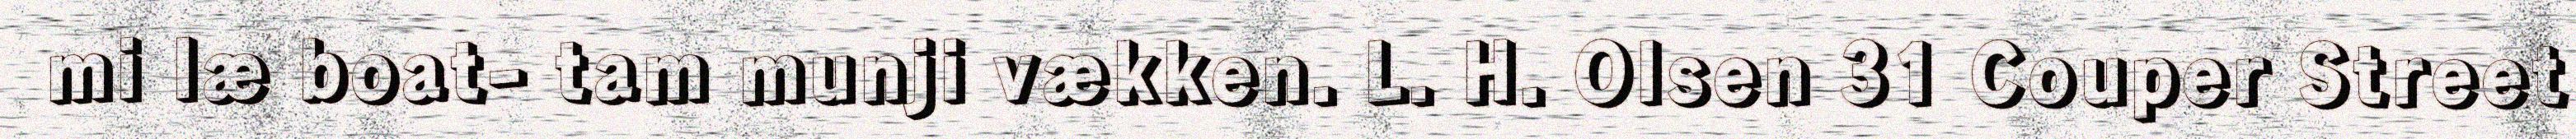
mi læ boat- tam munji vækken. L. H. Olsen 31 Couper Street